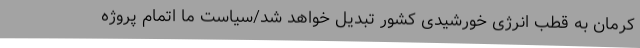
کرمان به قطب انرژی خورشیدی کشور تبدیل خواهد شد/سیاست ما اتمام پروژه